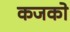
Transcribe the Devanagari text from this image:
कजको